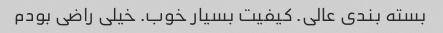
بسته بندی عالی. کیفیت بسیار خوب. خیلی راضی بودم